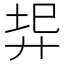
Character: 𢍇